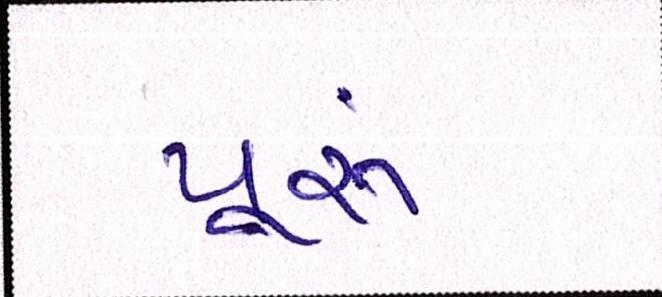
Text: પૂ્રું